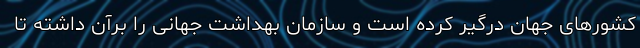
کشورهای جهان درگیر کرده است و سازمان بهداشت جهانی را برآن داشته تا